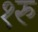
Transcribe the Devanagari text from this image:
१रु